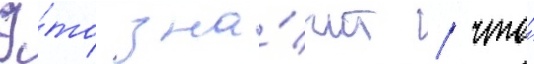
Э́то зна́чит / что́